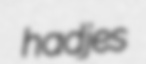
hadjes